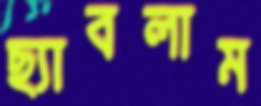
ছ্যাবলাম